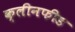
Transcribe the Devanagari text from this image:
क्लीनफीड